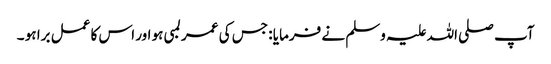
آپ صلی اللہ علیہ وسلم نے فرمایا : جس کی عمر لمبی ہو اور اس کا عمل برا ہو ۔